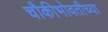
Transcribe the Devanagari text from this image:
चौकीभोवतीच्या